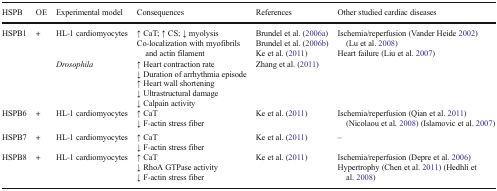
| HSPB | OE | Experimental model | Consequences | References | Other studied cardiac diseases |
 | --- | --- | --- | --- | --- | --- |
 | <ROWSPAN=2> HSPB1 | <ROWSPAN=2> + | HL-1 cardiomyocytes | ↑ CaT; ↑ CS; ↓ myolysisCo-localization with myofibrils and actin filament | Brundel et al. (2006a)Brundel et al. (2006b)Ke et al. (2011) | <ROWSPAN=2> Ischemia/reperfusion (Vander Heide 2002) (Lu et al. 2008)Heart failure (Liu et al. 2007) |
 | Drosophila | ↑ Heart contraction rate↓ Duration of arrhythmia episode↑ Heart wall shortening↓ Ultrastructural damage↓ Calpain activity | Zhang et al. (2011) |
 | HSPB6 | + | HL-1 cardiomyocytes | ↑ CaT↓ F-actin stress fiber | Ke et al. (2011) | Ischemia/reperfusion (Qian et al. 2011) (Nicolaou et al. 2008) (Islamovic et al. 2007) |
 | HSPB7 | + | HL-1 cardiomyocytes | ↑ CaT↓ F-actin stress fiber | Ke et al. (2011) | – |
 | HSPB8 | + | HL-1 cardiomyocytes | ↑ CaT↓ RhoA GTPase activity↓ F-actin stress fiber | Ke et al. (2011) | Ischemia/reperfusion (Depre et al. 2006)Hypertrophy (Chen et al. 2011) (Hedhli et al. 2008) |